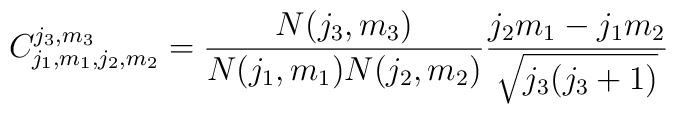
C_{j_{1},m_{1},j_{2},m_{2}}^{j_{3},m_3} =\frac{N(j_{3},m_{3})}{ N(j_{1},m_{1})  N(j_{2},m_{2}) }\frac{j_{2} m_{1} - j_{1} m_{2} }{\sqrt{j_3(j_3 +1)} }